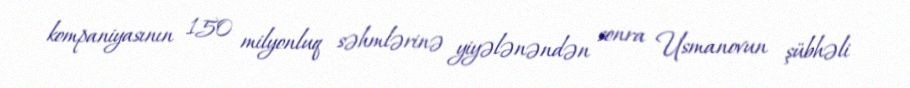
kompaniyasının 150 milyonluq səhmlərinə yiyələnəndən sonra Usmanovun şübhəli